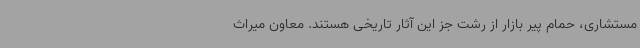
مستشاری، حمام پیر بازار از رشت جز این آثار تاریخی هستند. معاون میراث